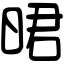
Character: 𣇉